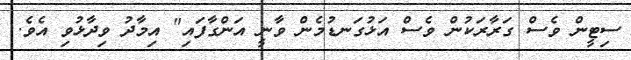
ސިޓީން ވެސް ގަރާރަކުން ވެސް އަޅުގަނޑުމެން ވާނީ އަންގާފައި" އިމާދު ވިދާޅުވި އެވެ.